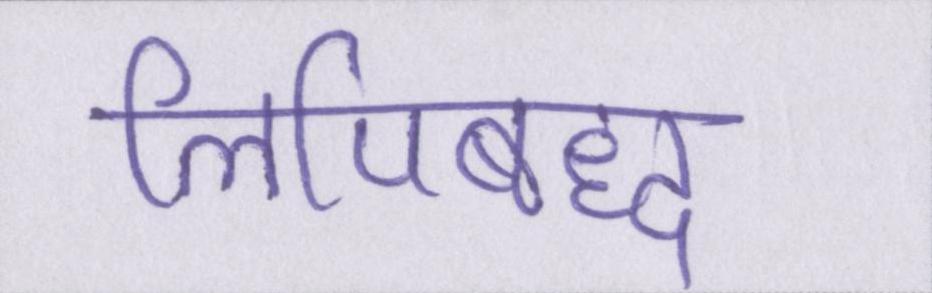
लिपिबद्ध